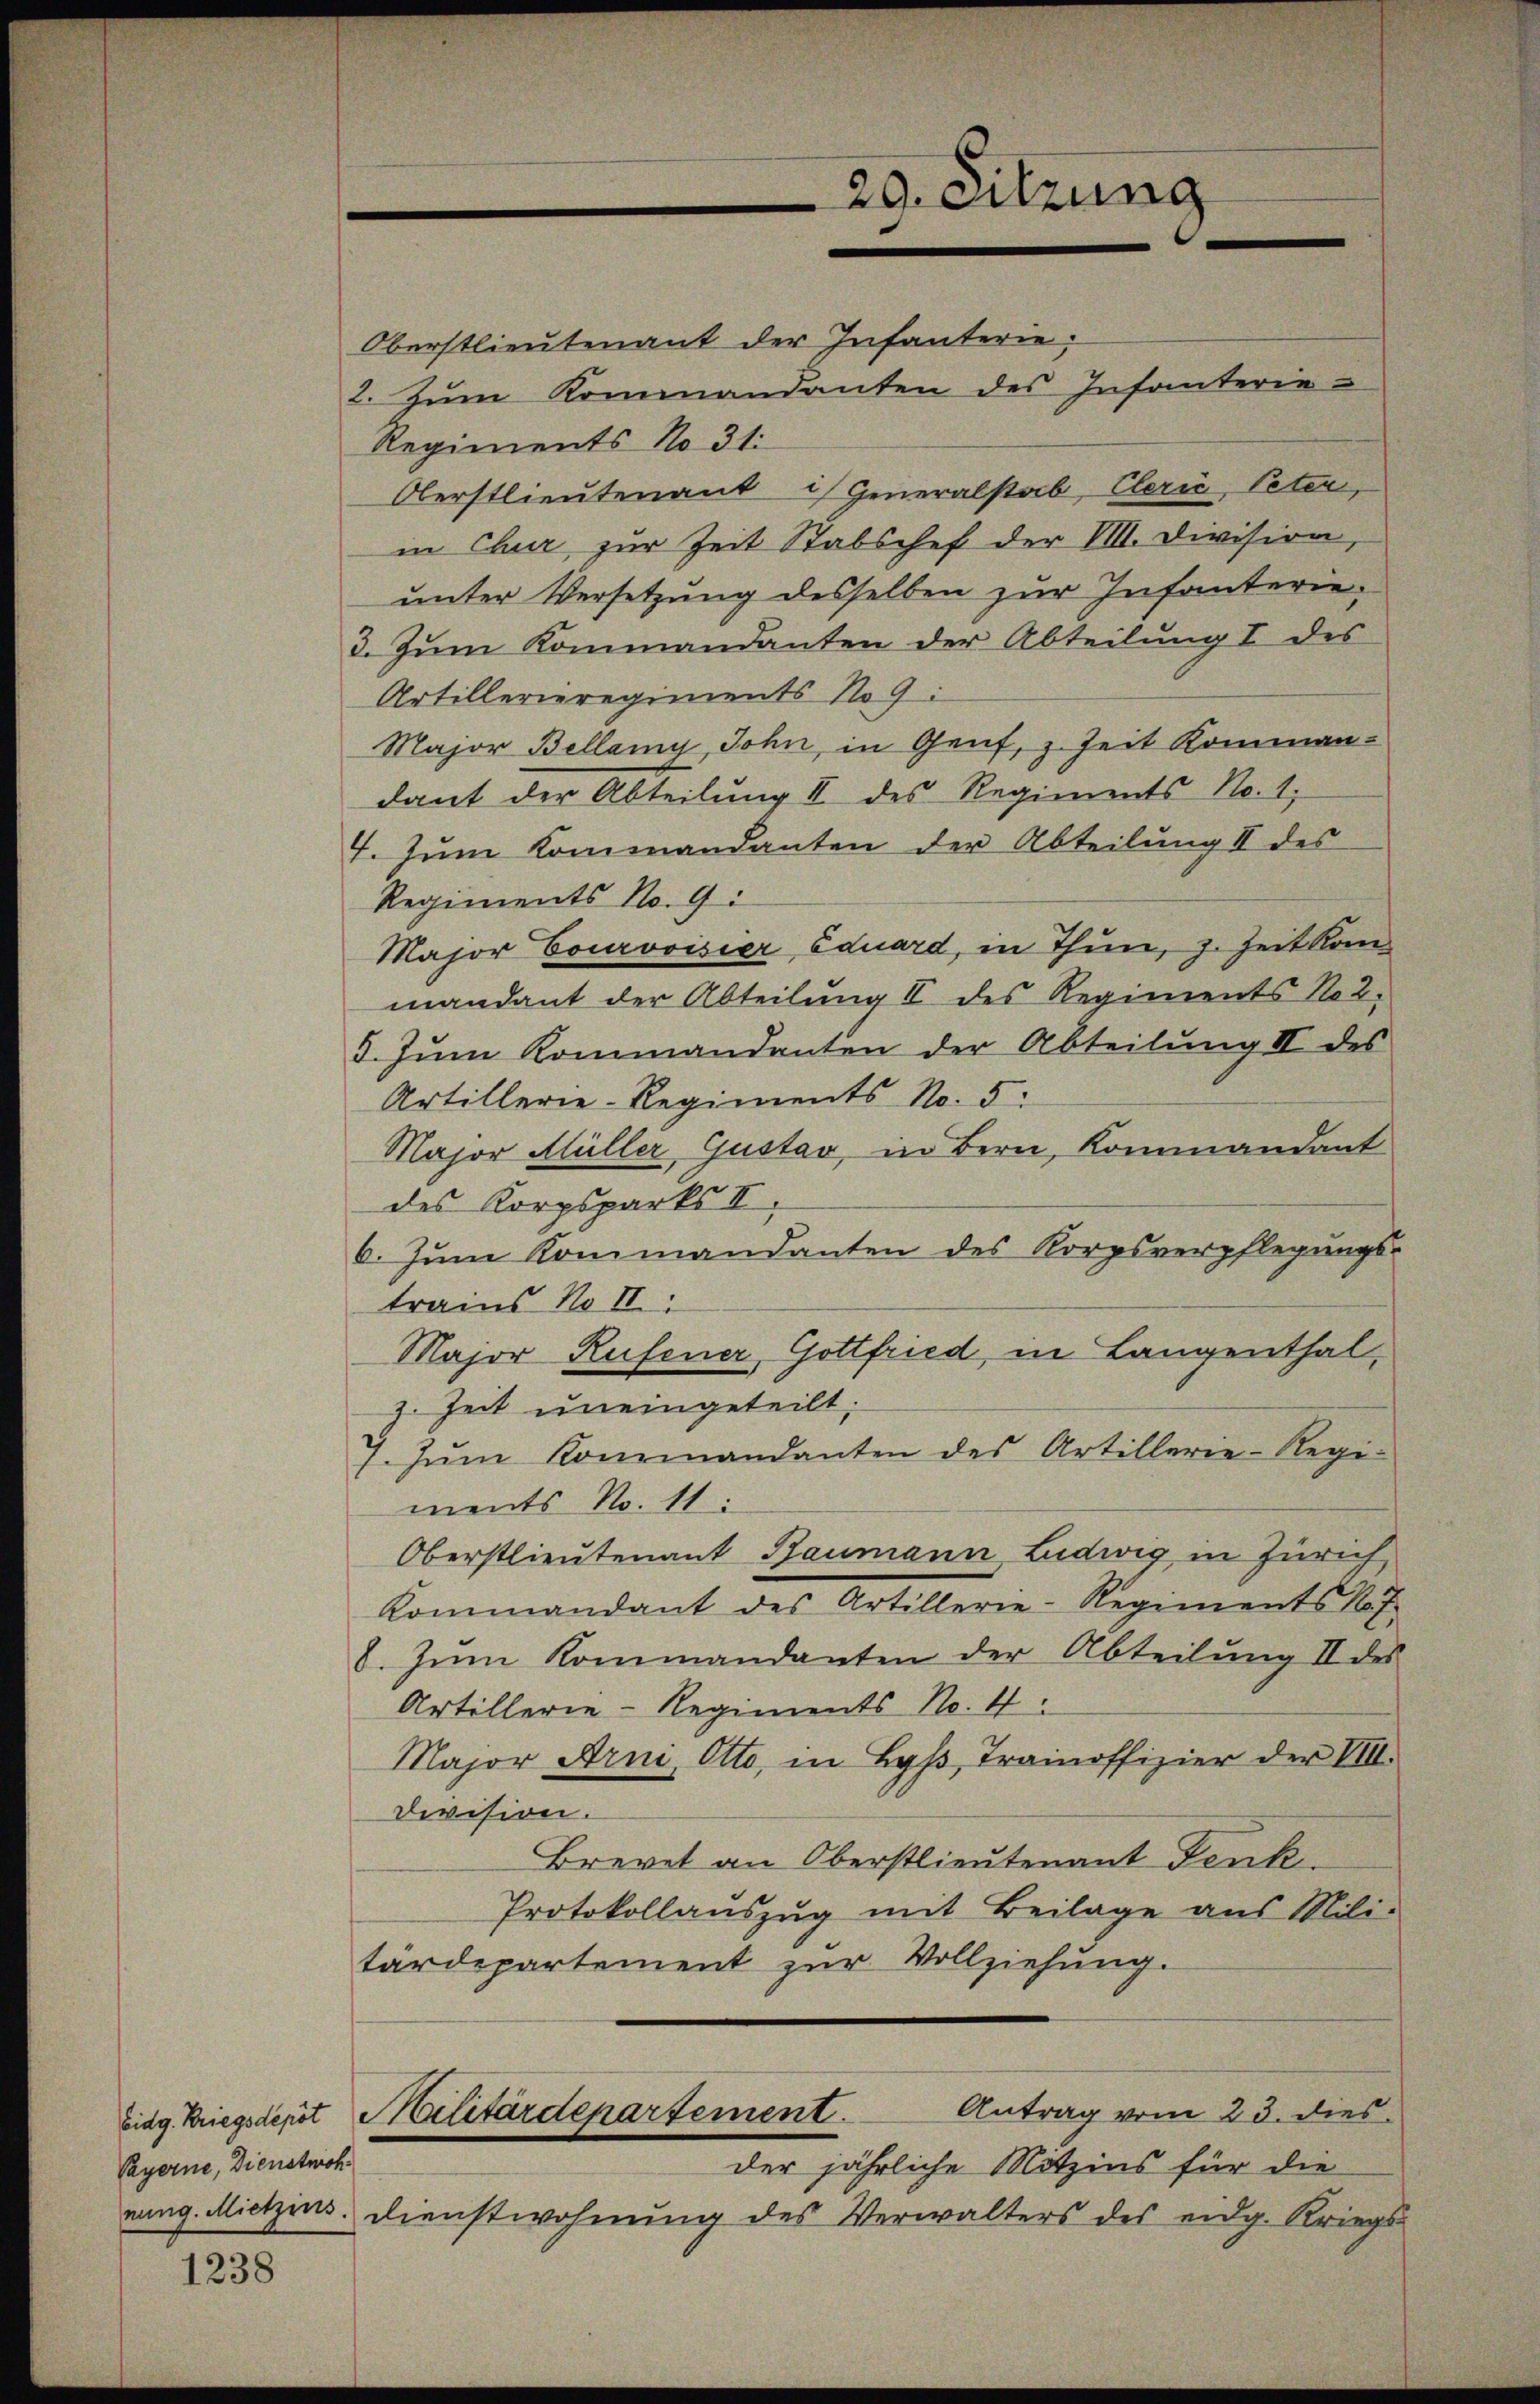
Payerne, Dienstwoh

1238

29. Sitzung

Oberstlieutenant der Infanterie¬
2. Zum Kommandanten des Infanterie-
Regiments No 31.
Oberstlieutenant Generalstab, Clerie, Peter,
in Chur zur Zeit Stabschef der VIII. Division,
unter Versetzung desselben zur Infanterie-
3. Zum Kommandanten der Abteilung I des
Artillerieregiments No 9:
Major Bellany, John, in Genf, z. Zeit Kommandant der Abteilung II des Regiments No. 1.
4. Zum Kommandanten der Abteilung II des
Regiments No. 9:
Major Courvoisier Eduard, in Thun, z. Zeit kommandant der Abteilung II des Regiments No 2.
5. Jŭni Kommandanten der Abteilŭng II des
Artillerie-Regiments No. 5.
Major Müller, Gustav, in Bern, Kommandant
des Korpsparks II.
6. Zum Kommandanten des Korpsverpflegungs-
trains No II.
Major Rufener Gottfried, in Langenthal,
z. Zeit uneingeteilt;
7. Jŭni Konrmandanten des Artillerie-Regi-
ments No. 11:
Oberstlieutenant Baumann Ludwig in Zürich,
Kommandant des Artillerie-Regiments N. 7
8. Zŭm Kommandanten der Abteilŭng II des
Artillerie-Regiments No. 4.
Major Arni, Otto, in Byβ, Trainoffizier der VIII.
Division.
Brevet an Oberstlieutenant Fenk
Protokollaŭszŭg mit Beilage aus Mili-
tärdepartement zur Vollziehung.
Antrag vom 23. dies
Eidg. Kriegsdeput Militärdepartement.
der jährliche Mitzins für die
nung. Mietzins. Dienstwohnung des Verwalters des eidg. Kriegs